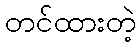
တင်ထားတဲ့